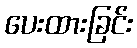
ပေးထားခြင်း